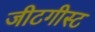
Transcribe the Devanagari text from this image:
जीटगीस्ट